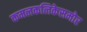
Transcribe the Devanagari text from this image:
कमलकलिकेसमोर